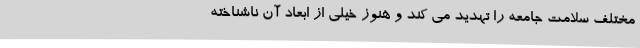
مختلف سلامت جامعه را تهدید می کند و هنوز خیلی از ابعاد آن ناشناخته